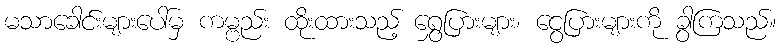
မသာခေါင်းများပေါ်မှ ကမ္ဗည်း ထိုးထားသည့် ရွှေပြားများ၊ ငွေပြားများကို ခွာကြသည်။